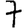
Digit: 7